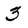
Character: 3